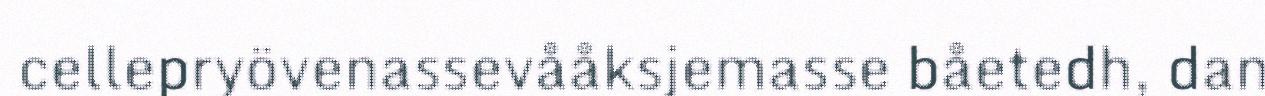
cellepryövenassevååksjemasse båetedh, dan